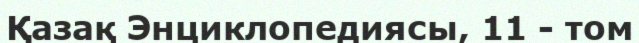
Қазақ Энциклопедиясы, 11 - том